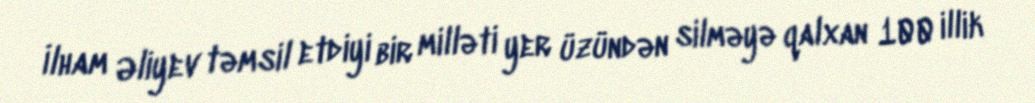
İlham Əliyev təmsil etdiyi bir milləti yer üzündən silməyə qalxan 100 illik